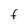
Character: F